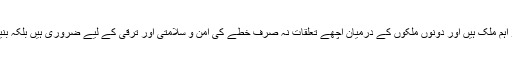
انہوں نے کہا کہ "پاکستان اور بھارت جنوبی ایشیا کے دو اہم ملک ہیں اور دونوں ملکوں کے درمیان اچھے تعلقات نہ صرف خطے کی امن و سلامتی اور ترقی کے لیے ضروری ہیں بلکہ بنیادی طور پر پاکستان اور بھارت دونوں کے مفاد میں ہیں۔